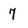
Character: 7